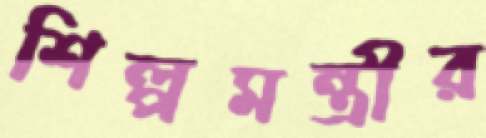
শিল্পমন্ত্রীর